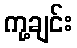
ကု့ချင်း